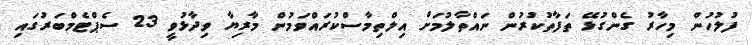
ފުލުހުން މިހާރު ގެންގުޅޭ ތަފާތުކުރުން ނައްތާލުމަށް އިލްތިމާސްކުރައްވަމުން މާރިޔާ ވިދާޅުވީ 23 ސެޕްޓެމްބަރުގައި